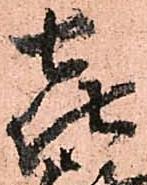
喜